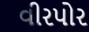
વીરપોર